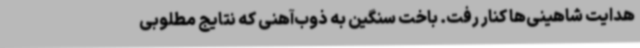
هدایت شاهینی‌ها کنار رفت. باخت سنگین به ذوب‌آهنی که نتایج مطلوبی